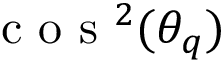
\mathrm { ~ c ~ o ~ s ~ } ^ { 2 } ( \theta _ { q } )